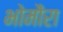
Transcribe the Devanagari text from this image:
भोमौरा